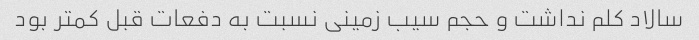
سالاد کلم نداشت و حجم سیب زمینی نسبت به دفعات قبل کمتر بود